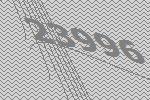
23996